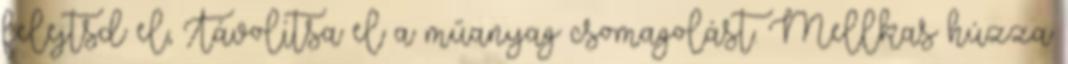
felejtsd el, Távolítsa el a műanyag csomagolást. Mellkas húzza